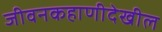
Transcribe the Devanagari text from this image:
जीवनकहाणीदेखील